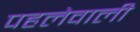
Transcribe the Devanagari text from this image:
पहलेवाली